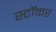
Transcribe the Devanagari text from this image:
स्टॉकर